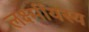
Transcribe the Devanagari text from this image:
लर्क्ष्मीयस्य